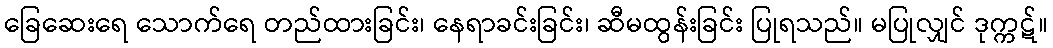
ခြေဆေးရေ သောက်ရေ တည်ထားခြင်း၊ နေရာခင်းခြင်း၊ ဆီမထွန်းခြင်း ပြုရသည်။ မပြုလျှင် ဒုက္ကဋ်။